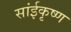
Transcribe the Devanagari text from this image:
सांईकृष्‍ण